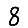
Digit: 8